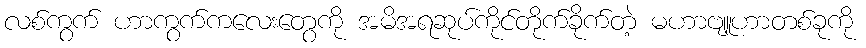
လစ်ကွက် ဟာကွက်ကလေးတွေကို အမိအရဆုပ်ကိုင်တိုက်ခိုက်တဲ့ မဟာဗျူဟာတစ်ခုကို